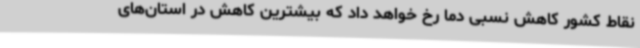
نقاط کشور کاهش نسبی دما رخ خواهد داد که بیشترین کاهش در استان‌های